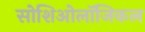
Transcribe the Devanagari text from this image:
सोशिओलॉजिकल